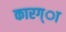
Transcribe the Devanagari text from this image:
कारग्ा